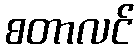
စတာလင်